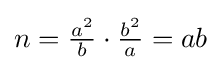
n={\tfrac {a^{2}}{b}}\cdot {\tfrac {b^{2}}{a}}=ab